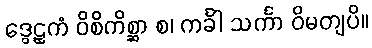
ဒွေဠှကံ ဝိစိကိစ္ဆာ စ၊ ကင်္ခါ သင်္ကာ ဝိမတျပိ။